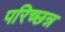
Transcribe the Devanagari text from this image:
परिच्छन्न